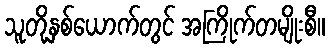
သူတို့နှစ်ယောက်တွင် အကြိုက်တမျိုးစီ။